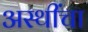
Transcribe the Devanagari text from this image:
अस्थींचा